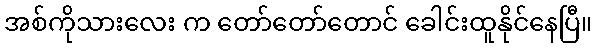
အစ်ကိုသားလေး က တော်တော်တောင် ခေါင်းထူနိုင်နေပြီ။